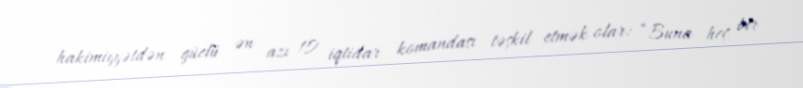
hakimiyyətdən güclü ən azı 10 iqtidar komandası təşkil etmək olar: “Buna heç bir